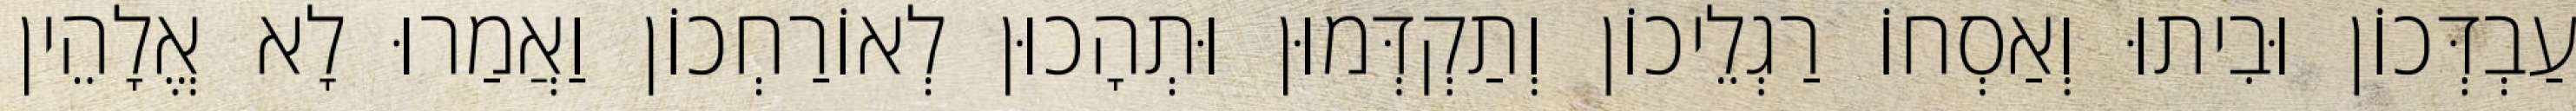
עַבְדְּכוֹן וּבִיתוּ וְאַסְחוֹ רַגְלֵיכוֹן וְתַקְדְּמוּן וּתְהָכוּן לְאוֹרַחְכוֹן וַאֲמַרוּ לָא אֱלָהֵין